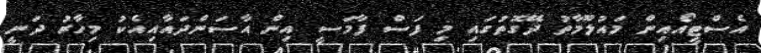
އެސްޓީއޯއިން މައުލޫމާތު ދޭގޮތުގައި މި ފަސް ފާމަސީ އިން އާސަންދައާއިއެކު މިހާރު ދަނީ